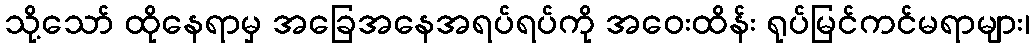
သို့သော် ထိုနေရာမှ အခြေအနေအရပ်ရပ်ကို အဝေးထိန်း ရုပ်မြင်ကင်မရာများ၊